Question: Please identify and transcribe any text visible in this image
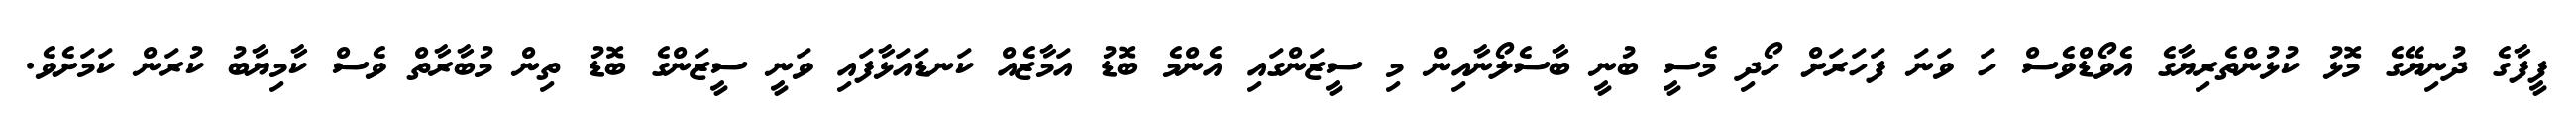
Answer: ފީފާގެ ދުނިޔޭގެ މޮޅު ކުޅުންތެރިޔާގެ އެވޯޑްވެސް ހަ ވަނަ ފަހަރަށް ހޯދި މެސީ ބުނީ ބާސެލޯނާއިން މި ސީޒަންގައި އެންމެ ބޮޑު އަމާޒެއް ކަނޑައަޅާފައި ވަނީ ސީޒަންގެ ބޮޑު ތިން މުބާރާތް ވެސް ކާމިޔާބު ކުރަން ކަމަށެވެ.